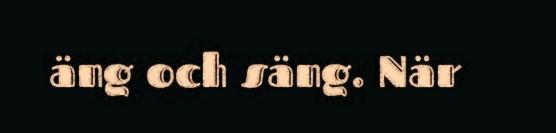
äng och säng. När